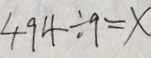
4 9 4 \div 9 = x